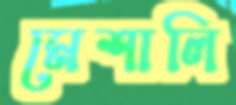
মেশালি